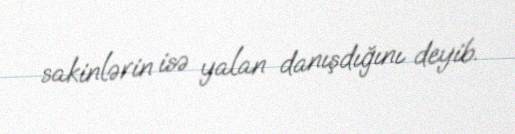
sakinlərin isə yalan danışdığını deyib.